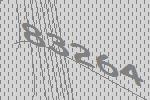
83264